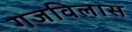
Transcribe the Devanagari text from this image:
गजविलास